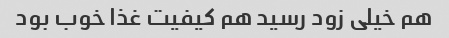
هم خیلی زود رسید هم کیفیت غذا خوب بود